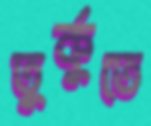
তুর্কুতে